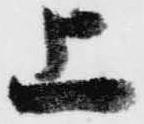
上